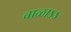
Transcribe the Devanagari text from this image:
बाळाऽऽ